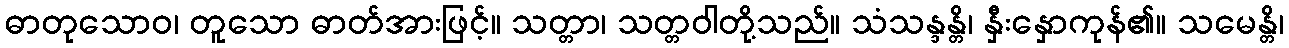
ဓာတုသောဝ၊ တူသော ဓာတ်အားဖြင့်။ သတ္တာ၊ သတ္တဝါတို့သည်။ သံသန္ဒန္တိ၊ နှီးနှောကုန်၏။ သမေန္တိ၊